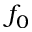
f _ { 0 }